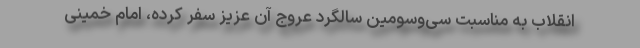
انقلاب به مناسبت سی‌وسومین سالگرد عروج آن عزیز سفر کرده، امام خمینی